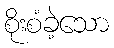
စိုးစံခဲ့သော